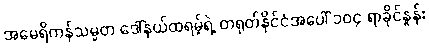
အမေရိကန်သမ္မတ ဒေါ်နယ်ထရမ့်ရဲ့ တရုတ်နိုင်ငံအပေါ် ၁၀၄ ရာခိုင်နှုန်း